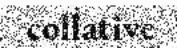
collative